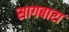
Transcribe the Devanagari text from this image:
सागबारा